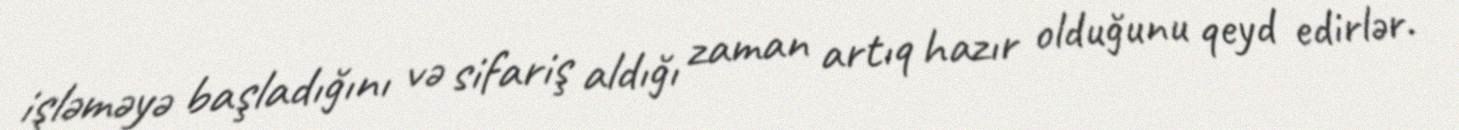
işləməyə başladığını və sifariş aldığı zaman artıq hazır olduğunu qeyd edirlər.